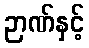
ဉာဏ်နှင့်